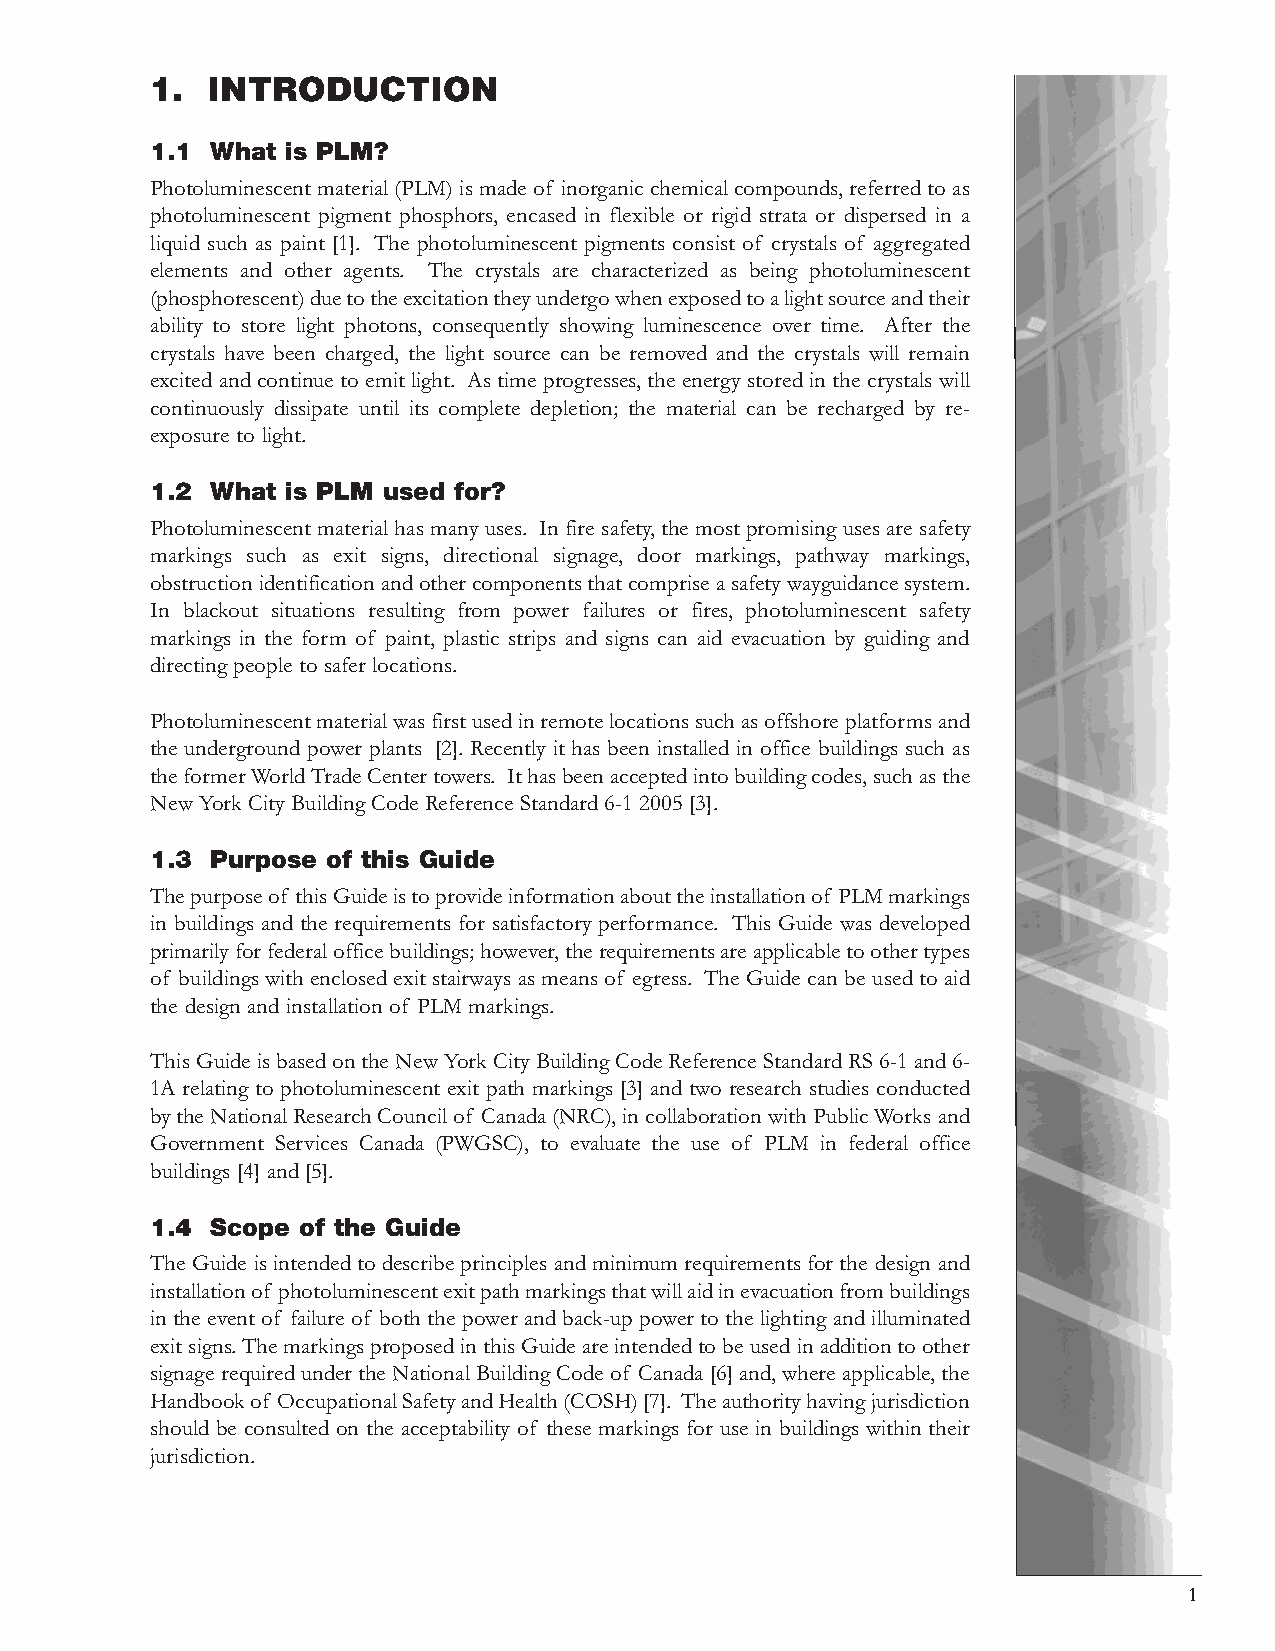
1.  INTRODUCTION
 1.1 What is PLM?
 Photoluminescent material (PLM) is made of inorganic chemical compounds, referred to as
 photoluminescent pigment phosphors, encased in flexible or rigid strata or dispersed in a
 liquid such as paint [1]. The photoluminescent pigments consist of crystals of aggregated
 elements and other agents. The crystals are characterized as being photoluminescent
 (phosphorescent) due to the excitation they undergo when exposed to a light source and their
 ability to store light photons, consequently showing luminescence over time. After the
 crystals have been charged, the light source can be removed and the crystals will remain
 excited and continue to emit light. As time progresses, the energy stored in the crystals will
 continuously dissipate until its complete depletion; the material can be recharged by re-
 exposure to light.
 1.2 What is PLM used for?
 Photoluminescent material has many uses. In fire safety, the most promising uses are safety
 markings such as exit signs, directional signage, door markings, pathway markings,
 obstruction identification and other components that comprise a safety wayguidance system.
 In blackout situations resulting from power failures or fires, photoluminescent safety
 markings in the form of paint, plastic strips and signs can aid evacuation by guiding and
 directing people to safer locations.
 Photoluminescent material was first used in remote locations such as offshore platforms and
 the underground power plants [2]. Recently it has been installed in office buildings such as
 the former World Trade Center towers. It has been accepted into building codes, such as the
 New York City Building Code Reference Standard 6-1 2005 [3].
 1.3 Purpose of this Guide
 The purpose of this Guide is to provide information about the installation of PLM markings
 in buildings and the requirements for satisfactory performance. This Guide was developed
 primarily for federal office buildings; however, the requirements are applicable to other types
 of buildings with enclosed exit stairways as means of egress. The Guide can be used to aid
 the design and installation of PLM markings.
 This Guide is based on the New York City Building Code Reference Standard RS 6-1 and 6-
 1A relating to photoluminescent exit path markings [3] and two research studies conducted
 by the National Research Council of Canada (NRC), in collaboration with Public Works and
 Government Services Canada (PWGSC), to evaluate the use of PLM in federal office
 buildings [4] and [5].
 1.4 Scope of the Guide
 The Guide is intended to describe principles and minimum requirements for the design and
 installation of photoluminescent exit path markings that will aid in evacuation from buildings
 in the event of failure of both the power and back-up power to the lighting and illuminated
 exit signs. The markings proposed in this Guide are intended to be used in addition to other
 signage required under the National Building Code of Canada [6] and, where applicable, the
 Handbook of Occupational Safety and Health (COSH) [7]. The authority having jurisdiction
 should be consulted on the acceptability of these markings for use in buildings within their
 jurisdiction.
 1